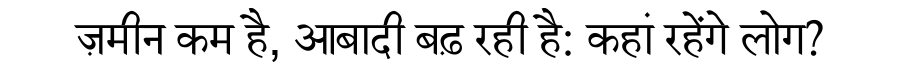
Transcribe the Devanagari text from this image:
ज़मीन कम है, आबादी बढ़ रही है: कहां रहेंगे लोग?